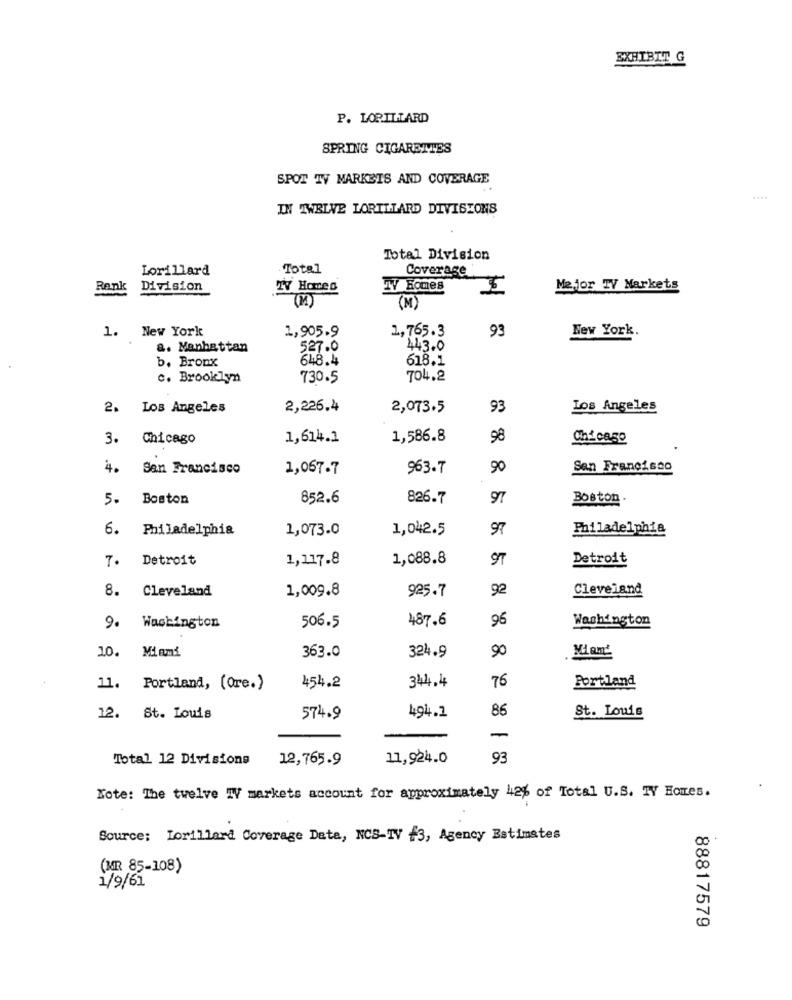
EXHIBIT
P. LORILTARD
SPRING CIGARETTES
SPOT TV MARKETS AND COVERAGE
....
IN TWELVE LORILLARD DIVISIONS
Total Division
Lorillard
Total
Coverage
Renk
Division
2V Homes
TV Bomes
Mejor TV Markets
(M)
1. New York
1,905.9
1,765.3
93
New York.
a. Manhattan
527.0
443.0
648.4
618.1
b. Bronx
c. Brooklyn
730.5
704.2
2.
Los Angeles
2,226.4
2,073.5
93
Los Angeles
3.
Chicago
1,614.1
1,586.8
98
4.
San Francisco
1,067-7
963.7
90
San Francisco
5.
Boston
852.6
826.7
97
Boston
6.
Philadelphia
1,073.0
1,042.5
97
Philadelphia
7.
Detroit
1,117.8
1,088.8
ST
Detroit
8.
Cleveland
1,009.8
925.7
92
Cleveland
487.6
96
Washington
9. Washington
506.5
Miami
363.0
324.9
90
Miam'
10.
344.4
76
Portland
11.
Portland, (Ore.)
454.2
494.1
86
St. Louis
12.
St. Louis
574.9
-
Total 12 Divisions
12,765.9
11,924.0
93
Note: The twelve TV markets account for approximately 42% of Total U.S. TY Homes.
Source: Lorillard Coverage Data, NCS-TV f3, Agency Estimates
(MIR 85-108)
1/9/61
88817579